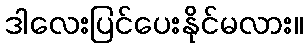
ဒါလေးပြင်ပေးနိုင်မလား။